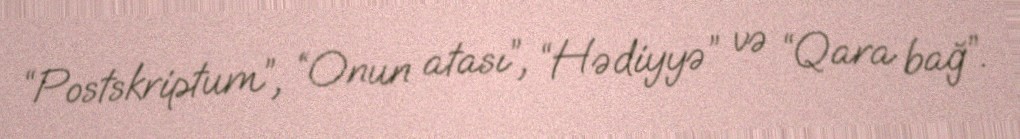
“Postskriptum”, “Onun atası”, “Hədiyyə” və “Qara bağ”.